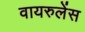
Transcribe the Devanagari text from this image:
वायरुलेंस